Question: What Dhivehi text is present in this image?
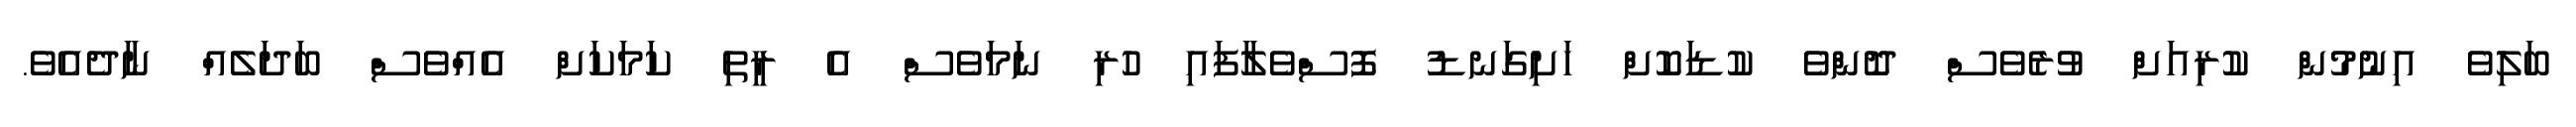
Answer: ބަލިވެ އިނުމުން ކުރިއަށް ވުރެވެސް ދޮންވެ ކުޑަކޮށް ހަށިގަނޑު ފޮސްވެލާފައި ހުރި ނަމަވެސް އެ ރީތި ކަމަކަށް އެއްވެސް ބަދަލެއް ނާދެއެވެ.